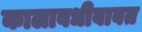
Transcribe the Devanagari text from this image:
कालावधीबाबत